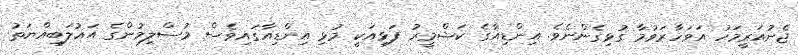
ޖެނުއަރީމަހު އަވަހާރަވުމާ ގުޅިގެންނެވެ. އިންޑިއާގެ ކަޝްމީރު ފަޅިއަކީ މުޅި އިންޑިއާގައިވެސް މުސްލިމުންގެ އަޣުލަބިއްޔަތު